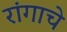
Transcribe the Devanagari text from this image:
रांगाचे